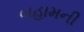
બહામની